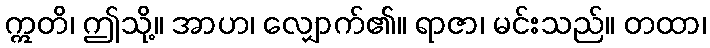
ဣတိ၊ ဤသို့။ အာဟ၊ လျှောက်၏။ ရာဇာ၊ မင်းသည်။ တထာ၊